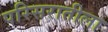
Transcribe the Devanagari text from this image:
परिसरातीला